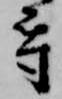
守